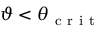
\vartheta < \theta _ { \mathrm { ~ c ~ r ~ i ~ t ~ } }